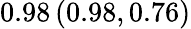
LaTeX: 0.98\left(0.98,0.76\right)